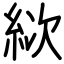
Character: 絘